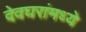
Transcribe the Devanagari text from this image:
देवघरांमध्ये